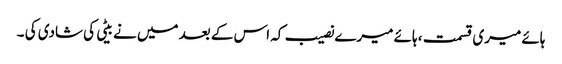
ہائے میری قسمت ، ہائے میرے نصیب کہ اس کے بعد میں نے بیٹی کی شادی کی ۔